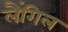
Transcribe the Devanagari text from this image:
लैंगिल